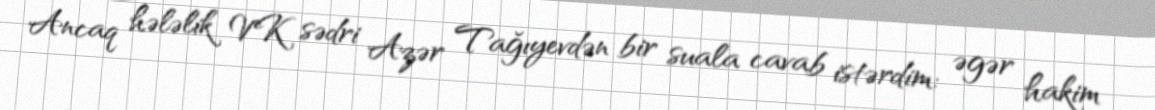
Ancaq hələlik VK sədri Azər Tağıyevdən bir suala cavab istərdim: əgər hakim